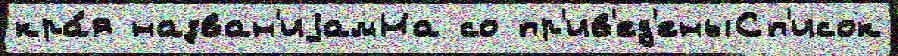
кра́я назван'иjамНа со пр'ив'ед'еныСп'исок